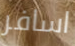
اسافر